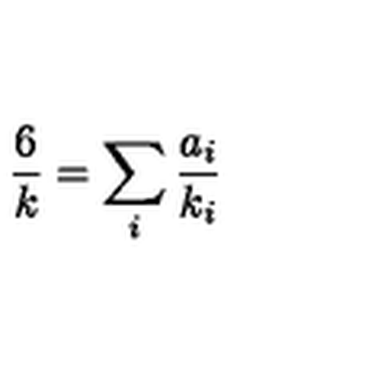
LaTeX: \frac 6 k = \sum _ { i } \frac { a _ { i } } { k _ { i } }